Problem: 36 + 30 = ?
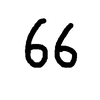
Handwritten answer: 66